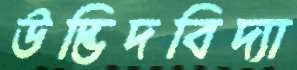
উদ্ভিদবিদ্যা